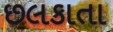
છલકાતા